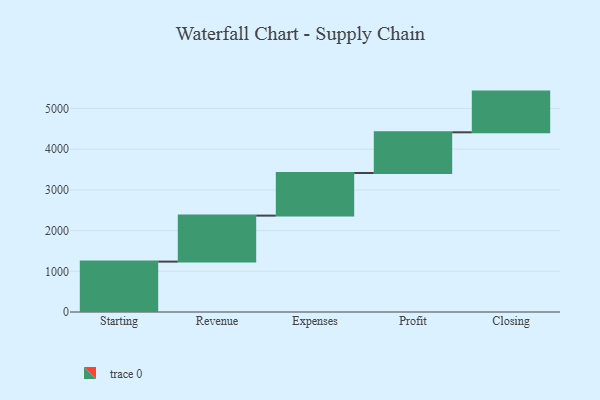
{"axis": {"x": "Step", "y": "Value"}, "legend": [""], "data": [{"x": "Starting", "y": 1238.0, "type": ""}, {"x": "Revenue", "y": 1130.0, "type": ""}, {"x": "Expenses", "y": 1047.0, "type": ""}, {"x": "Profit", "y": 1000, "type": ""}, {"x": "Closing", "y": 1000, "type": ""}]}